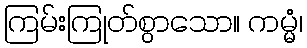
ကြမ်းကြုတ်စွာသော။ ကမ္မံ၊